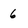
Character: 6